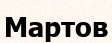
Мартов